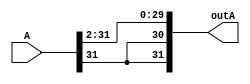
module RSA2bit(outA,A);
    input[31:0] A;
    output[31:0] outA;

    /*genvar c;
    generate 
        for (c=31; c < 29; c=c-1) begin: loop1
            assign outA[c] = A[31];
        end 
        for (c=29;c <= 0;c=c-1) begin: loop2
            assign outA[c] = A[c+2];
        end
    endgenerate
    */
    assign outA[31] = A[31];
    assign outA[30] = A[31];
    assign outA[29] = A[31];
    assign outA[28] = A[30];
    assign outA[27] = A[29];
    assign outA[26] = A[28];

    assign outA[25] = A[27];
    assign outA[24] = A[26];
    assign outA[23] = A[25];
    assign outA[22] = A[24];
    assign outA[21] = A[23];

    assign outA[20] = A[22];
    assign outA[19] = A[21];
    assign outA[18] = A[20];
    assign outA[17] = A[19];
    assign outA[16] = A[18];

    assign outA[15] = A[17];
    assign outA[14] = A[16];
    assign outA[13] = A[15];
    assign outA[12] = A[14];
    assign outA[11] = A[13];

    assign outA[10] = A[12];
    assign outA[9] = A[11];
    assign outA[8] = A[10];
    assign outA[7] = A[9];
    assign outA[6] = A[8]; 

    assign outA[5] = A[7];
    assign outA[4] = A[6];
    assign outA[3] = A[5];
    assign outA[2] = A[4];
    assign outA[1] = A[3];

    assign outA[0] = A[2]; 

endmodule